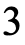
3